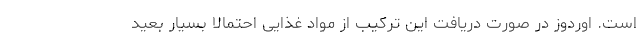
است. اوردوز در صورت دریافت این ترکیب از مواد غذایی احتمالا بسیار بعید